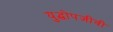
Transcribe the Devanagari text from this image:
युद्धोपजीवी